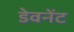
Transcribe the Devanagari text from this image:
डेवनेंट